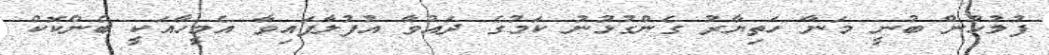
ފުލުހުން ބުނީ މަނާ ހަތިޔާރު ގެންގުޅުނު ކަމުގެ ދައުވާ އުފުލާފައިވާ އެމީހާއަކީ ބެންކޮކް